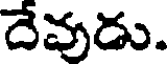
దేవుడు.